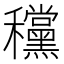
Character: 𥤗